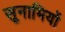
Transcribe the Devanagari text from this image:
सूनामियों